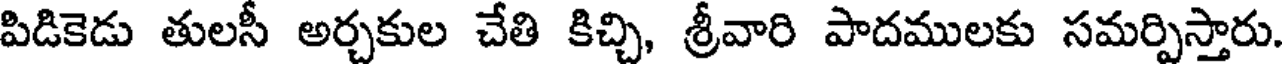
పిడికెడు తులసీ అర్చకుల చేతి కిచ్చి, శ్రీవారి పాదములకు సమర్పిస్తారు.